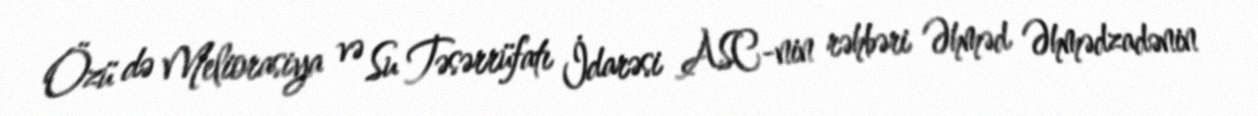
Özü də Meliorasiya və Su Təsərrüfatı İdarəsi ASC-nin rəhbəri Əhməd Əhmədzadənin